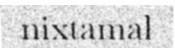
nixtamal